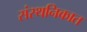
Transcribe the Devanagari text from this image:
संस्थनिकात